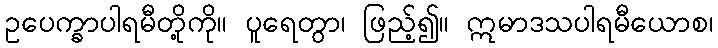
ဥပေက္ခာပါရမီတို့ကို။ ပူရေတွာ၊ ဖြည့်၍။ ဣမာဒသပါရမီယောစ၊